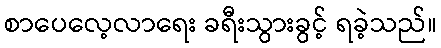
စာပေလေ့လာရေး ခရီးသွားခွင့် ရခဲ့သည်။